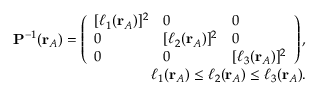
\begin{array} { r } { \mathbf { P } ^ { - 1 } ( \mathbf { r } _ { A } ) = \left( \begin{array} { l l l } { [ \ell _ { 1 } ( \mathbf { r } _ { A } ) ] ^ { 2 } } & { 0 } & { 0 } \\ { 0 } & { [ \ell _ { 2 } ( \mathbf { r } _ { A } ) ] ^ { 2 } } & { 0 } \\ { 0 } & { 0 } & { [ \ell _ { 3 } ( \mathbf { r } _ { A } ) ] ^ { 2 } } \end{array} \right) , } \\ { \ell _ { 1 } ( \mathbf { r } _ { A } ) \le \ell _ { 2 } ( \mathbf { r } _ { A } ) \le \ell _ { 3 } ( \mathbf { r } _ { A } ) . } \end{array}